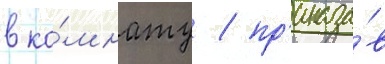
в ко́мнату / пр'иказа́в